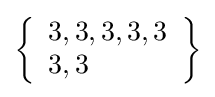
\left\{{\begin{array}{l}3,3,3,3,3\\3,3\end{array}}\right\}